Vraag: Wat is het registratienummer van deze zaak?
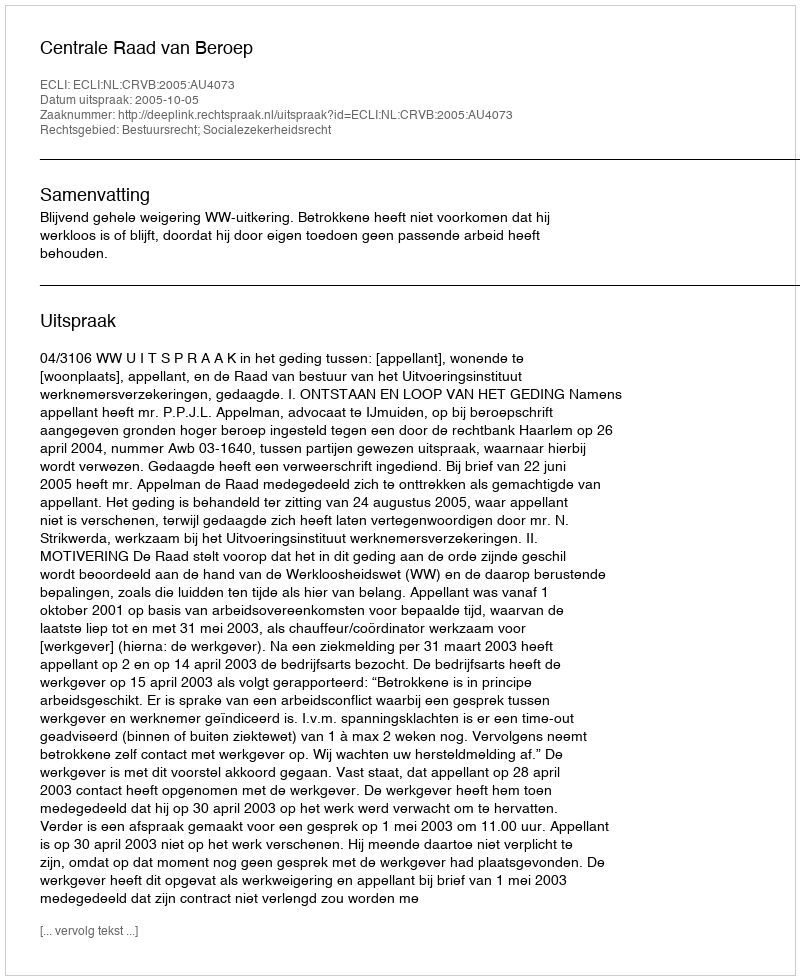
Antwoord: http://deeplink.rechtspraak.nl/uitspraak?id=ECLI:NL:CRVB:2005:AU4073